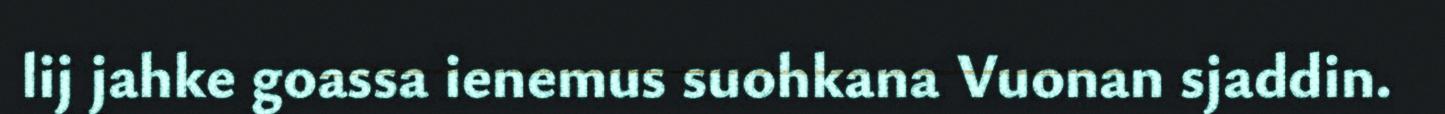
lij jahke goassa ienemus suohkana Vuonan sjaddin.